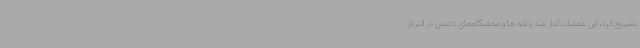
تصریح کرد، این عملیات آغاز شد و لانه ها و مخفیگاه‌های داعش در الثرثار